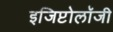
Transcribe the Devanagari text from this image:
इजिप्टोलॉजी